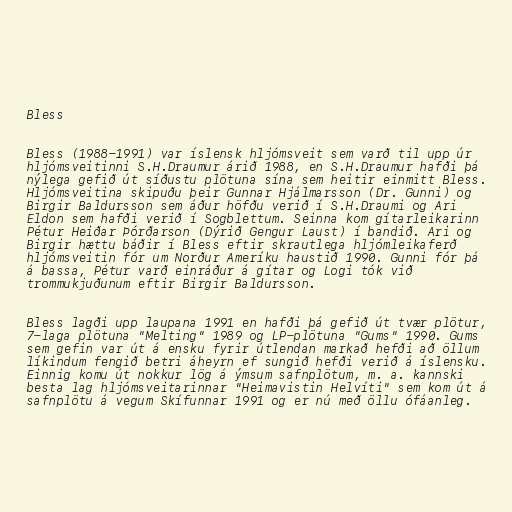
Bless

Bless (1988-1991) var íslensk hljómsveit sem varð til upp úr
hljómsveitinni S.H.Draumur árið 1988, en S.H.Draumur hafði þá
nýlega gefið út síðustu plötuna sína sem heitir einmitt Bless.
Hljómsveitina skipuðu þeir Gunnar Hjálmarsson (Dr. Gunni) og
Birgir Baldursson sem áður höfðu verið í S.H.Draumi og Ari
Eldon sem hafði verið í Sogblettum. Seinna kom gítarleikarinn
Pétur Heiðar Þórðarson (Dýrið Gengur Laust) í bandið. Ari og
Birgir hættu báðir í Bless eftir skrautlega hljómleikaferð
hljómsveitin fór um Norður Ameríku haustið 1990. Gunni fór þá
á bassa, Pétur varð einráður á gítar og Logi tók við
trommukjuðunum eftir Birgir Baldursson.

Bless lagði upp laupana 1991 en hafði þá gefið út tvær plötur,
7-laga plötuna "Melting" 1989 og LP-plötuna "Gums" 1990. Gums
sem gefin var út á ensku fyrir útlendan markað hefði að öllum
líkindum fengið betri áheyrn ef sungið hefði verið á íslensku.
Einnig komu út nokkur lög á ýmsum safnplötum, m. a. kannski
besta lag hljómsveitarinnar "Heimavistin Helvíti" sem kom út á
safnplötu á vegum Skífunnar 1991 og er nú með öllu ófáanleg.